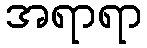
အရာရာ